Indian journal of veterinary science and animal husbandry - Volume 6,
Year: 1936
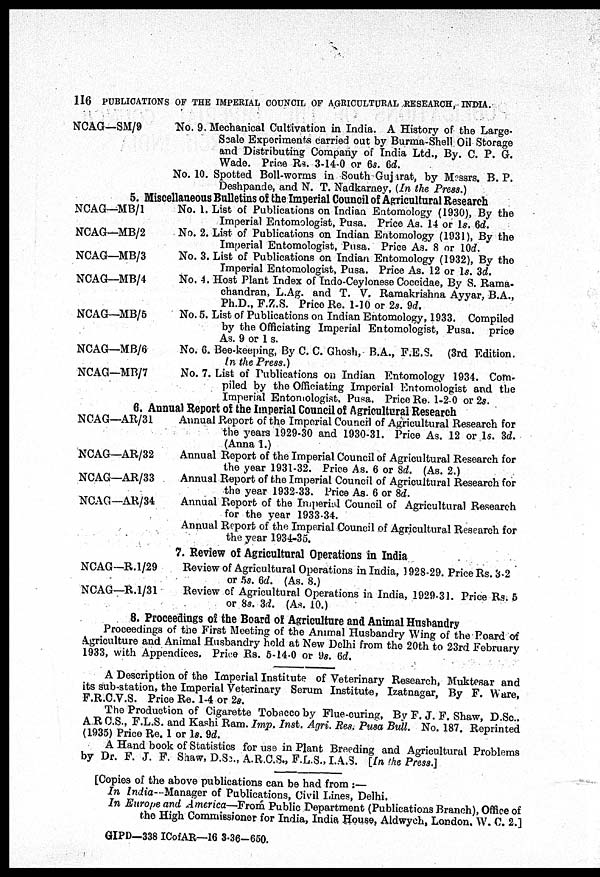
116 PUBLICATIONS OF THE IMPERIAL COUNCIL OF AGRICULTURAL RESEARCH, INDIA.
NCAG—SM/9
No. 9. Mechanical Cultivation in India. A History of the Large-
Scale Experiments carried out by Burma-Shell Oil Storage
and Distributing Company of India Ltd., By. C. P. G.
Wade. Price Rs. 3-14-0 or 6s. 6d.
No. 10. Spotted Boll-worms in South Gujarat, by Messrs. B. P.
Deshpande, and N. T. Nadkarney, (In the Press.)
5. Miscellaneous Bulletins of the Imperial Council of Agricultural Research
NCAG—MB/1
NCAG—MB/2
NCAG—MB/3
NCAG—MB/4
NCAG—MB/5
NCAG—MB/6
NCAG—MB/7
No. 1. List of Publications on Indian Entomology (1930), By the
Imperial Entomologist, Pusa. Price As. 14 or 1s. 6d.
No. 2. List of Publications on Indian Entomology (1931), By the
Imperial Entomologist, Pusa. Price As. 8 or 10d.
No. 3. List of Publications on Indian Entomology (1932), By the
Imperial Entomologist, Pusa. Price As. 12 or 1s. 3d.
No. 4. Host Plant Index of Indo-Ceylonese Coccidae, By S. Rama-
chandran, L.Ag. and T. V. Ramakrishna Ayyar, B.A.,
Ph.D., F.Z.S. Price Re. 1-10 or 2s. 9d.
No. 5. List of Publications on Indian Entomology, 1933. Compiled
by the Officiating Imperial Entomologist, Pusa. price
As. 9 or 1 s.
No. 6. Bee-keeping, By C. C. Ghosh, B.A., F.E.S. (3rd Edition.
In the Press.)
No. 7. List of Publications on Indian Entomology 1934. Com-
piled by the Officiating Imperial Entomologist and the
Imperial Entomologist, Pusa. Price Re. 1-2-0 or 2s.
6. Annual Report of the Imperial Council of Agricultural Research
NCAG—AR/31
NCAG—AR/32
NCAG—AR/33
NCAG—AR/34
Annual Report of the Imperial Council of Agricultural Research for
the years 1929-30 and 1930-31. Price As. 12 or 1s. 3d.
(Anna 1.)
Annual Report of the Imperial Council of Agricultural Research for
the year 1931-32. Price As. 6 or 8d. (As. 2.)
Annual Report of the Imperial Council of Agricultural Research for
the year 1932-33. Price As. 6 or 8d.
Annual Report of the Imperial Council of Agricultural Research
for the year 1933-34.
Annual Report of the Imperial Council of Agricultural Research for
the year 1934-35.
7. Review of Agricultural Operations in India
NCAG—R. 1/29
NCAG—R.1/31
Review of Agricultural Operations in India, 1928-29. Price Rs. 3-2
or 5s. 6d. (As. 8.)
Review of Agricultural Operations in India, 1929-31. Price Rs. 5
or 8s. 3d. (As. 10.)
8. Proceedings of the Board of Agriculture and Animal Husbandry
Proceedings of the First Meeting of the Animal Husbandry Wing of the Poard of
Agriculture and Animal Husbandry held at New Delhi from the 20th to 23rd February
1933, with Appendices, Price Rs. 5-14-0 or 9s. 6d.
A Description of the Imperial Institute of Veterinary Research, Muktesar and
its sub-station, the Imperial Veterinary Serum Institute, Izatnagar, By F. Ware,
F.R.C.V.S. Price Re. 1-4 or 2a.
The Production of Cigarette Tobacco by Flue-curing, By F. J. F. Shaw, D.Sc.,
A R C.S., F.L.S. and Kashi Ram. Imp.
Agri. Res, Pusa Bull. No. 187. Reprinted
(1935) Price Re. 1 or 1s. 9d.
A Hand book of Statistics for use in Plant Breeding and Agricultural Problems
by Dr. F. J. F. Shaw, D.Sc., A.R.C.S., F.L.S., I.A.S. [In the Press.]
[Copies of the above publications can be had from :—
In India—Manager of Publications, Civil Lines, Delhi.
In Europe and America—From Public Department (Publications Branch), Office of
the High Commissioner for India, India House, Aldwych, London. W. C. 2.]
GIPD—338 ICofAR—16 3-36-650.